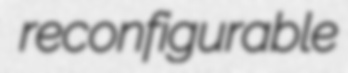
reconfigurable